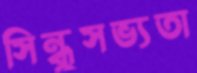
সিন্ধুসভ্যতা